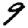
Digit: 9